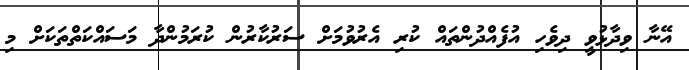
އޭނާ ވިދާޅުވީ ދިވެހި އުފެއްދުންތައް ކުރި އެރުވުމަށް ސަރުކާރުން ކުރަމުންދާ މަސައްކަތްތަކަށް މި